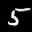
Label: 5